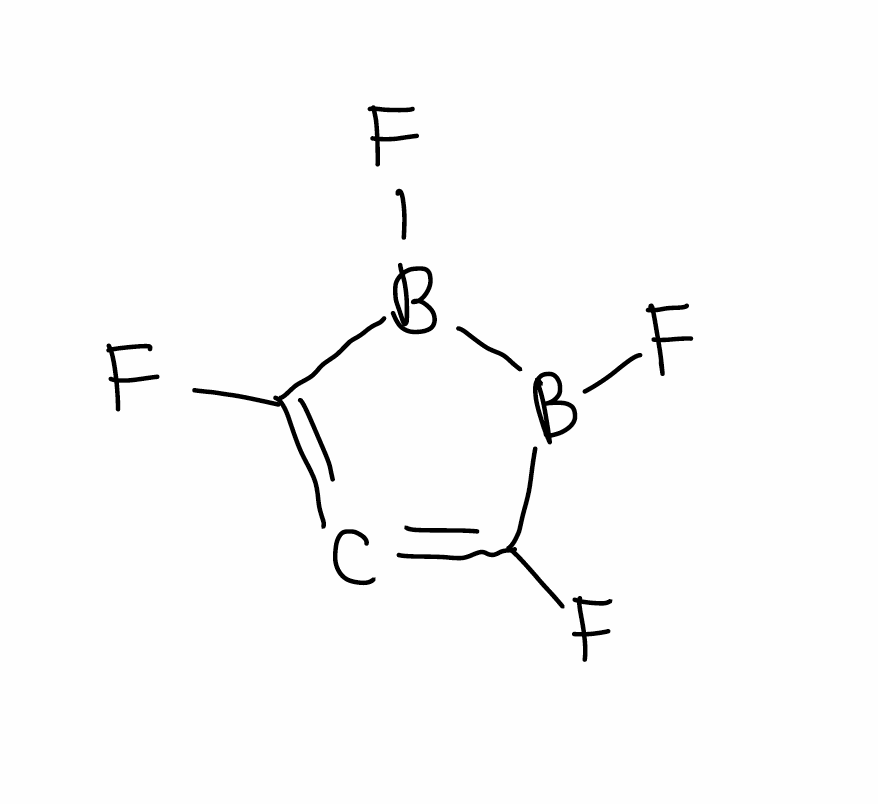
Simplified molecular-input line-entry system (SMILES) notation of the given molecule:
B1(B(C(=C=C1F)F)F)F